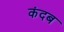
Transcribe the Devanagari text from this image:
कंदब